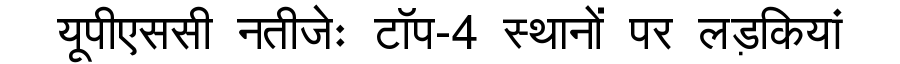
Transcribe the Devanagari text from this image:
यूपीएससी नतीजेः टॉप-4 स्थानों पर लड़कियां